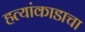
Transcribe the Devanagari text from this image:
हत्यांकाडाचा